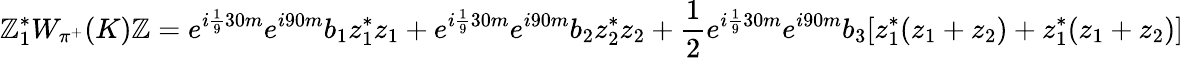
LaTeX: \mathbb{Z}_{1}^{*}W_{\pi^{+}}(K)\mathbb{Z}=e^{i\frac{1}{9}30m}e^{i90m}b_{1}z_{1}^{*}z_{1}+e^{i\frac{1}{9}30m}e^{i90m}b_{2}z_{2}^{*}z_{2}+\frac{1}{2}e^{i\frac{1}{9}30m}e^{i90m}b_{3}[z_{1}^{*}(z_{1}+z_{2})+z_{1}^{*}(z_{1}+z_{2})]